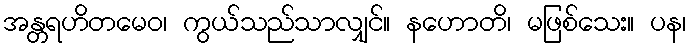
အန္တရဟိတမေဝ၊ ကွယ်သည်သာလျှင်။ နဟောတိ၊ မဖြစ်သေး။ ပန၊